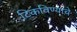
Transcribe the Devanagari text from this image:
टिकविण्याचे